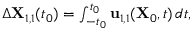
\begin{array} { r } { \Delta \mathbf { X } _ { 1 , 1 } ( t _ { 0 } ) = \int _ { - t _ { 0 } } ^ { t _ { 0 } } \mathbf { u } _ { 1 , 1 } ( \mathbf { X } _ { 0 } , t ) \, d t , } \end{array}